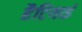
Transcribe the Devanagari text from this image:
हैटियाई